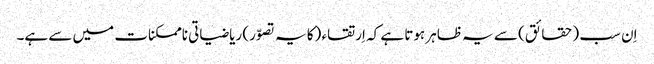
اِن سب (حقائق) سے یہ ظاہر ہوتا ہے کہ اِرتقاء (کا یہ تصوّر) ریاضیاتی ناممکنات میں سے ہے۔